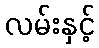
လမ်းနှင့်